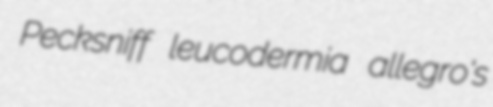
Pecksniff leucodermia allegro's